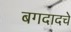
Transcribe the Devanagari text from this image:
बगदादचे